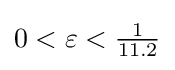
{\textstyle 0<\varepsilon <{\frac {1}{11.2}}}